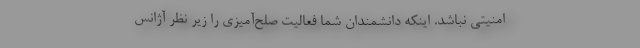
امنیتی نباشد. اینکه دانشمندان شما فعالیت ‌صلح‌آمیزی را زیر نظر آژانس